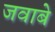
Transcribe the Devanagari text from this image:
जवाबे